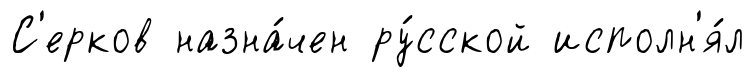
С'ерков назна́чен ру́сской исполн'я́л